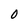
Character: O